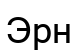
Эрн